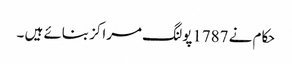
حکام نے 1787پولنگ مراکز بنائے ہیں ۔